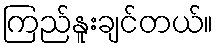
ကြည်နူးချင်တယ်။